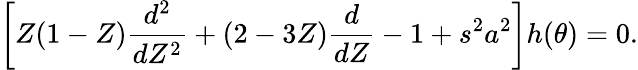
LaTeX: \left[Z(1-Z)\frac{d^{2}}{dZ^{2}}+(2-3Z)\frac{d}{dZ}-1+s^{2}a^{2}\right]h(\theta)=0.